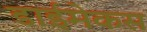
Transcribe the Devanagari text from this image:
डाईमेकस